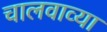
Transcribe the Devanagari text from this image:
चालवाव्या